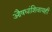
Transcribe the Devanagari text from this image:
औषधांशिवायही